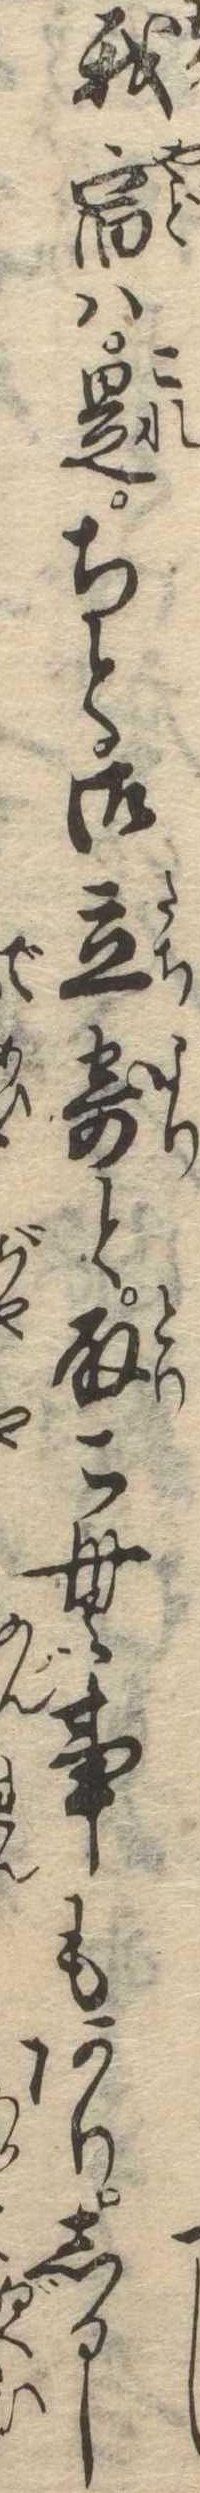
我宿は是ちと御立寄と取こむ事もありしるし